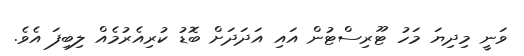
ވަނީ މިދިޔަ މަހު ޓޫރިސްޓުން އައި އަދަދަށް ބޮޑު ކުރިއެރުމެއް ލިބިފަ އެވެ.